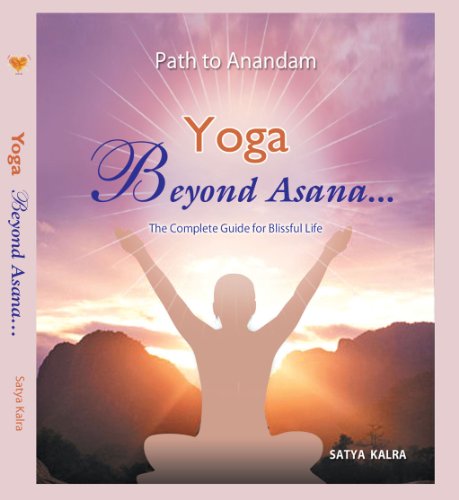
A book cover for Yoga Beyond Asana The Complete Guide for Blissful Life; Satya Kalra; Health, Fitness & Dieting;